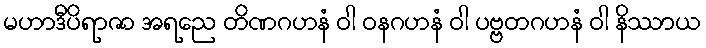
မဟာဒီပိရာဇာ အရညေ တိဏဂဟနံ ဝါ ဝနဂဟနံ ဝါ ပဗ္ဗတဂဟနံ ဝါ နိဿာယ